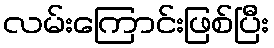
လမ်းကြောင်းဖြစ်ပြီး